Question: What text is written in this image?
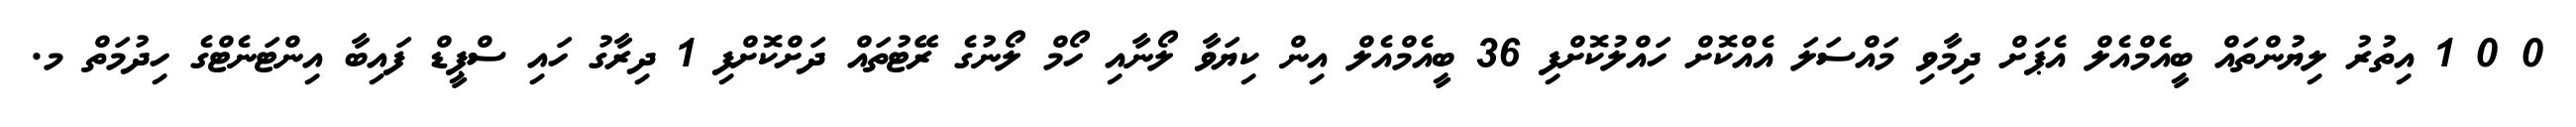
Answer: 0 0 1 އިތުރު ލިޔުންތައް ބީއެމްއެލް އެޕަށް ދިމާވި މައްސަލަ އެއްކޮށް ހައްލުކޮށްފި 36 ބީއެމްއެލް އިން ކިޔަވާ ލޯނާއި ހޯމް ލޯނުގެ ރޭޓުތައް ދަށްކޮށްފި 1 ދިރާގު ހައި ސްޕީޑް ފައިބާ އިންޓަނެޓްގެ ހިދުމަތް މ.